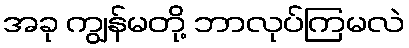
အခု ကျွန်မတို့ ဘာလုပ်ကြမလဲ